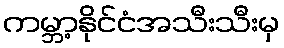
ကမ္ဘာ့နိုင်ငံအသီးသီးမှ